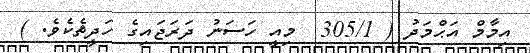
އިމާމް އަޙްމަދު ( 305/1  މިއީ ހަސަނު ދަރަޖައިގެ ހަދީޘެކެވެ. )